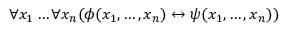
\forall x _ { 1 } \dots \forall x _ { n } ( \phi ( x _ { 1 } , \dots , x _ { n } ) \leftrightarrow \psi ( x _ { 1 } , \dots , x _ { n } ) )